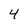
Character: 4